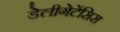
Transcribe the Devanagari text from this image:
डेलीगेटेंसिस